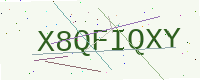
Text: X8QFIQXY